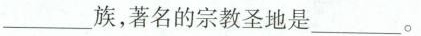
___族，著名的宗教圣地是___。